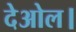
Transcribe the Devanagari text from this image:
देओल।